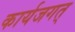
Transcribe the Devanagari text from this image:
कार्यजगत्